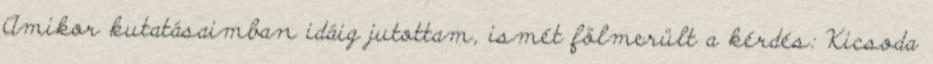
Amikor kutatásaimban idáig jutottam, ismét fölmerült a kérdés: Kicsoda